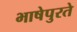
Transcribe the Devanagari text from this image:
भाषेपुरते